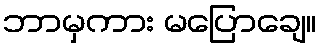
ဘာမှကား မပြောချေ။